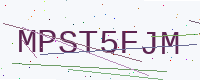
Text: MPST5FJM